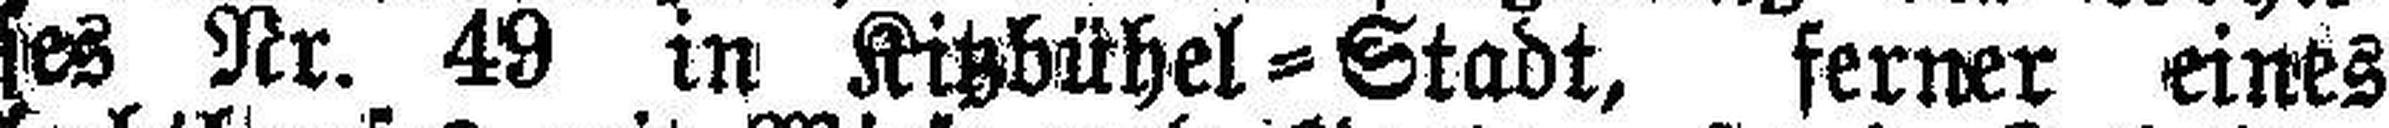
hauses Nr. 49 in Kitzbühel = Stadt, ferner eines